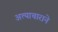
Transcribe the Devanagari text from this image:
अत्याचाराने